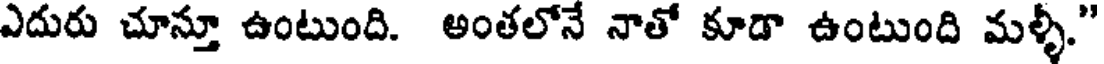
ఎదురు చూస్తూ ఉంటుంది. అంతలోనే నాతో కూడా ఉంటుంది మళ్ళీ."